38_143685_box_Incident_Summaries_173-233
Agency: Department of War
Page 98
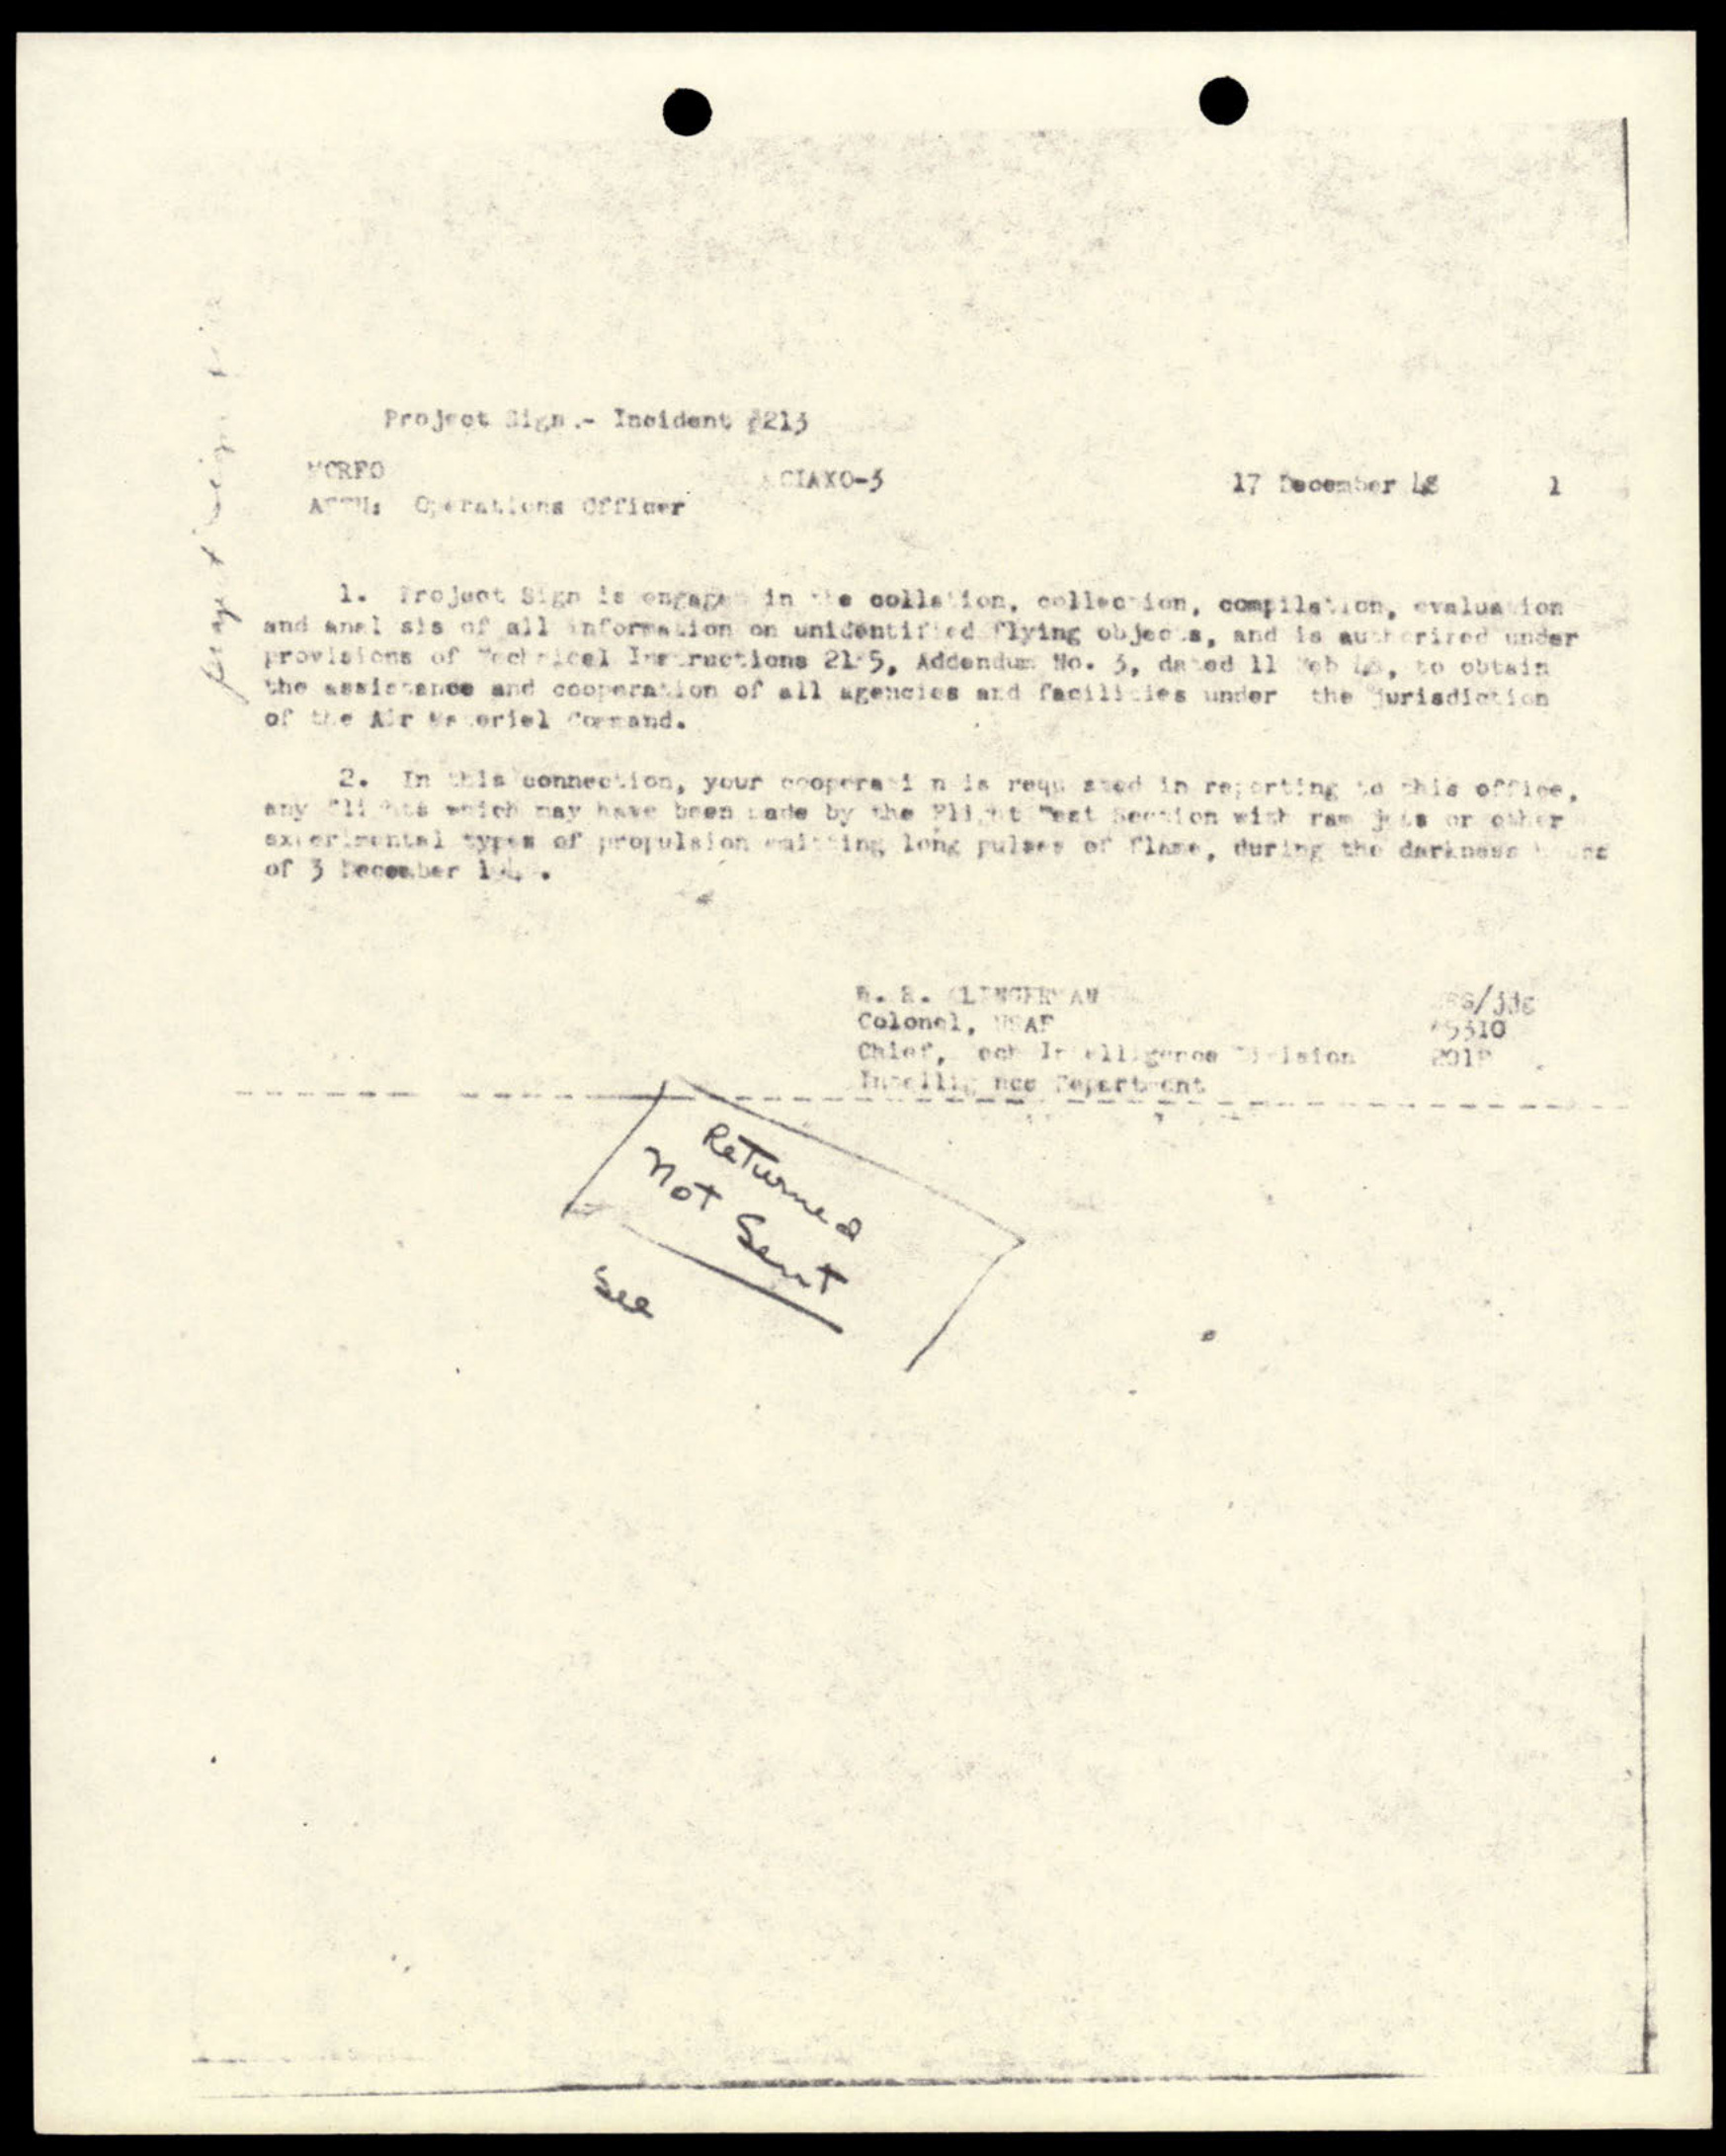